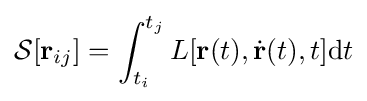
{\mathcal {S}}[\mathbf {r} _{ij}]=\int _{t_{i}}^{t_{j}}L[\mathbf {r} (t),{\dot {\mathbf {r} }}(t),t]\mathrm {d} t